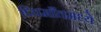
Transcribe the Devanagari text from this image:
प्यिमाँतमध्ये